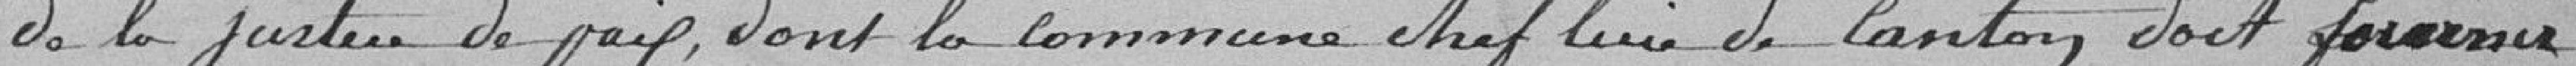
de la justice de paix dont la commune, chef lieu de canton, doit fournir